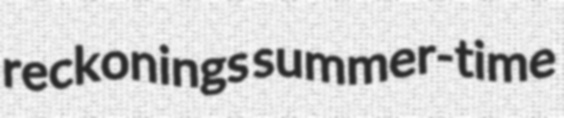
reckonings summer-time